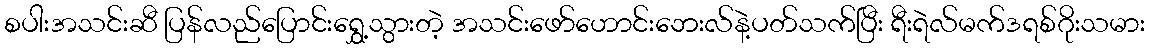
စပါးအသင်းဆီ ပြန်လည်ပြောင်းရွှေ့သွားတဲ့ အသင်းဖော်ဟောင်းဘေးလ်နဲ့ပတ်သက်ပြီး ရီးရဲလ်မက်ဒရစ်ဂိုးသမား